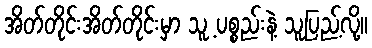
အိတ်တိုင်းအိတ်တိုင်းမှာ သူ့ ပစ္စည်းနဲ့ သူပြည့်လို့။